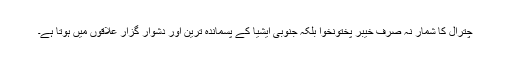
چترال کا شمار نہ صرف خیبر پختونخوا بلکہ جنوبی ایشیا کے پسماندہ ترین اور دشوار گزار علاقوں میں ہوتا ہے۔